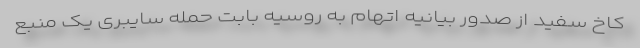
کاخ سفید از صدور بیانیه اتهام‌ به روسیه بابت حمله سایبری یک منبع